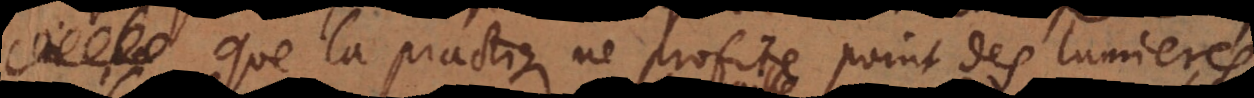
que la practique ne profite point des lumieres